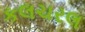
કલચરલ